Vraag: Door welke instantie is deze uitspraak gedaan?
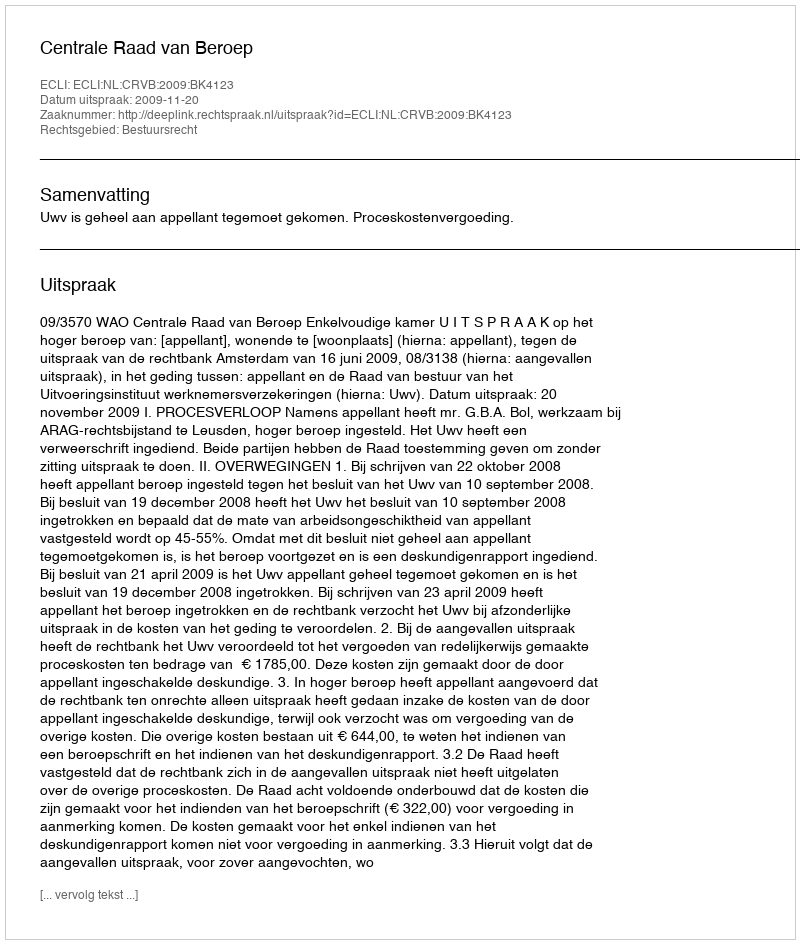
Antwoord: Centrale Raad van Beroep